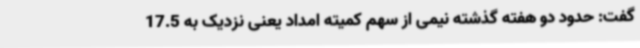
گفت: حدود دو هفته گذشته نیمی از سهم کمیته امداد یعنی نزدیک به 17.5